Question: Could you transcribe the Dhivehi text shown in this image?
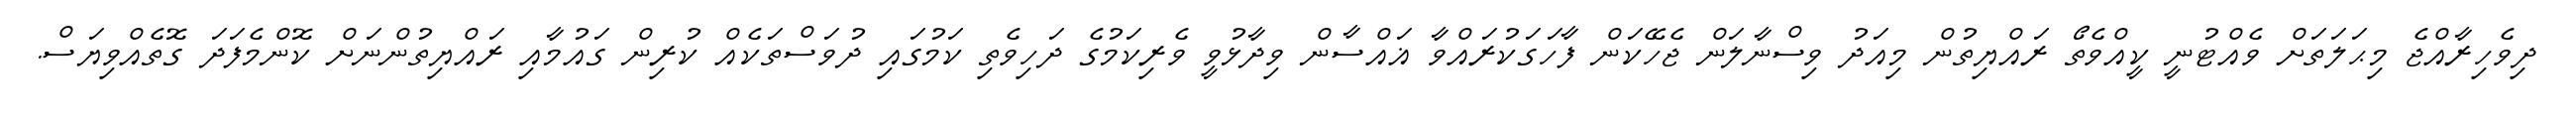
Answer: ދިވެހިރާއްޖެ މިޙަލަތަށް ވެއްޓުނީ ކީއްވެތޯ ރައްޔިތުން މިއަދު ވިސްނާލަން ޖެހޭކަން ފާހަގަކުރައްވާ ޣައްސާން ވިދާޅުވީ ވެރިކަމުގެ ދަހިވެތި ކަމުގައި ދުވަސްތަކެއް ކުރިން ގައުމާއި ރައްޔިތުންނަށް ކޮންމެފަދަ ގޮތެއްވިޔަސް.